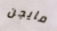
مايجن